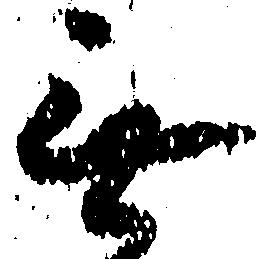
無